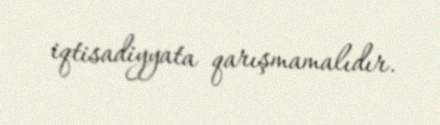
iqtisadiyyata qarışmamalıdır.